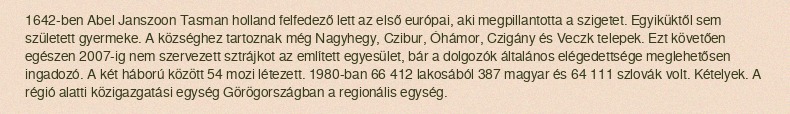
1642-ben Abel Janszoon Tasman holland felfedező lett az első európai, aki megpillantotta a szigetet. Egyiküktől sem született gyermeke. A községhez tartoznak még Nagyhegy, Czibur, Óhámor, Czigány és Veczk telepek. Ezt követően egészen 2007-ig nem szervezett sztrájkot az említett egyesület, bár a dolgozók általános elégedettsége meglehetősen ingadozó. A két háború között 54 mozi létezett. 1980-ban 66 412 lakosából 387 magyar és 64 111 szlovák volt. Kételyek. A régió alatti közigazgatási egység Görögországban a regionális egység.